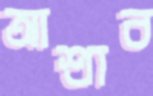
আশ্রাব